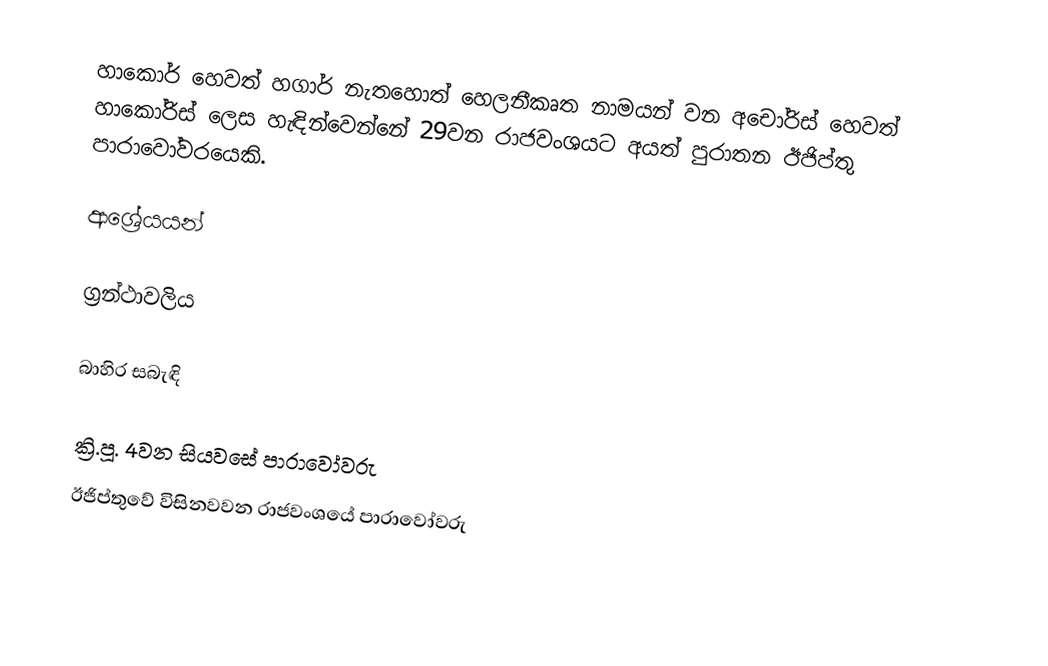
හාකොර් හෙවත් හගාර් නැතහොත් හෙලනීකෘත නාමයන් වන අචෝරිස් හෙවත් හාකෝරිස් ලෙස හැඳින්වෙන්නේ 29වන රාජවංශයට අයත් පුරාතන ඊජිප්තු පාරාවෝවරයෙකි.

ආශ්‍රේයයන්

ග්‍රන්ථාවලිය

බාහිර සබැඳි

ක්‍රි.පූ. 4වන සියවසේ පාරාවෝවරු
ඊජිප්තුවේ විසිනවවන රාජවංශයේ පාරාවෝවරු